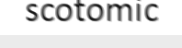
scotomic